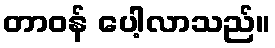
တာဝန် ပေါ့လာသည်။